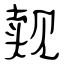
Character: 觌